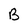
Character: B